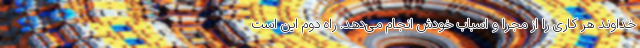
خداوند هر کاری را از مجرا و اسباب خودش انجام می‌دهد. راه دوم این است